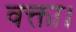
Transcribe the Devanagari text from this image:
वक्ता।